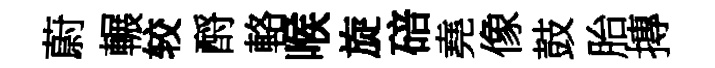
蔚輾较酹輅喉旋碚堯像鼓胎摶